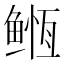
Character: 𱈇